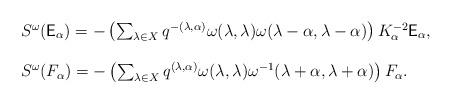
LaTeX: \begin{align*}\begin{array}{l}S^\omega(\mathsf{E}_\alpha)=-\left(\sum_{\lambda\in X} q^{-(\lambda,\alpha)}\omega(\lambda,\lambda)\omega(\lambda-\alpha,\lambda-\alpha)\right)K_\alpha^{-2}\mathsf{E}_\alpha,\\\\S^\omega(F_\alpha)=-\left(\sum_{\lambda\in X}q^{(\lambda,\alpha)}\omega(\lambda,\lambda)\omega^{-1}(\lambda+\alpha,\lambda+\alpha)\right) F_\alpha.\end{array}\end{align*}